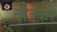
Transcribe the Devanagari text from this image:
दौडक़र